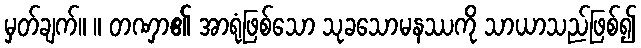
မှတ်ချက်။ ။ တဏှာ၏ အာရုံဖြစ်သော သုခသောမနဿကို သာယာသည်ဖြစ်၍